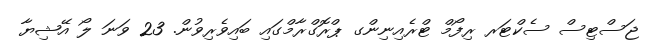
ޖަސްޓިސް ސެކްޓަރ ރިފޯމް ޓްރެއިނިންގ ޕްރޮގްރާމްގައި ބައިވެރިވުން. 23 ވަނަ ލޯ އޭޝިޔާ